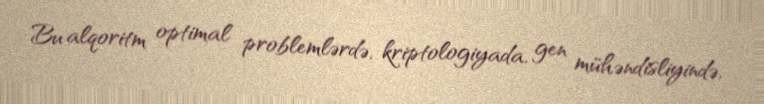
Bu alqoritm optimal problemlərdə, kriptologiyada, gen mühəndisliyində,